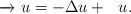
LaTeX: \begin{align*} \ \overrightarrow{} \ u = -\Delta u + \ \ u.\end{align*}